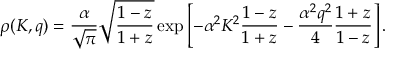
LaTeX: \rho ( K , q ) = \frac { \alpha } { \sqrt { \pi } } \sqrt { \frac { 1 - z } { 1 + z } } \exp \left[ - \alpha ^ { 2 } K ^ { 2 } \frac { 1 - z } { 1 + z } - \frac { \alpha ^ { 2 } q ^ { 2 } } { 4 } \frac { 1 + z } { 1 - z } \right] .